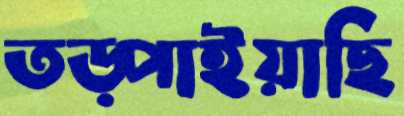
তড়্‌পাইয়াছি